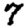
Digit: 7